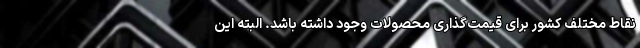
نقاط مختلف کشور برای قیمت‌گذاری محصولات وجود داشته باشد. البته این